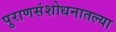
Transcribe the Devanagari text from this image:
पुराणसंशोधनातल्या